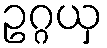
ဥဂ္ဂယှ